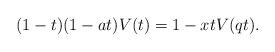
LaTeX: \begin{align*}(1-t)(1-at)V(t)=1-xtV(qt).\end{align*}